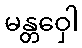
မန္တဝှေါ